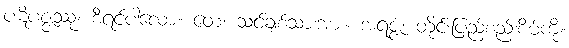
ပဋိပဇ္ဇဿု၊ စီရင်ပါလော့။ တေ၊ သင်ချစ်သားအား။ အရဇ္ဇံ၊ တိုင်းပြည်စည်းစိမ်ကို။